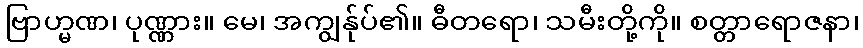
ဗြာဟ္မဏ၊ ပုဏ္ဏား။ မေ၊ အကျွန်ုပ်၏။ ဓီတရော၊ သမီးတို့ကို။ စတ္တာရောဇနာ၊